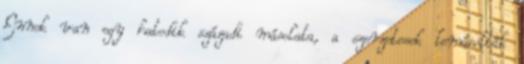
Ennek van egy hatodik századi másolata, a szerzetesek lemásolták